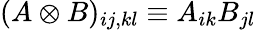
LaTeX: (A\otimes B)_{ij,kl}\equiv A_{ik}B_{jl}